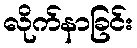
လိုက်နာခြင်း